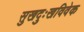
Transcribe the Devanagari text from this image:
सुखदुःखविवेक